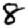
Digit: 8